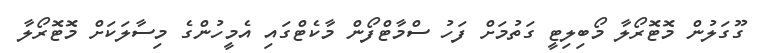
ގޫގަލުން މޮޓޮރޯލާ މޯބިލިޓީ ގަތުމަށް ފަހު ސްމާޓްފޯން މާކެޓްގައި އެމީހުންގެ މިސާލަކަށް މޮޓޮރޯލާ